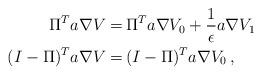
LaTeX: \begin{align*} \Pi^Ta\nabla V =&\, \Pi^Ta\nabla V_0 + \frac{1}{\epsilon} a\nabla V_1\, \\ (I-\Pi)^Ta\nabla V =&\, (I-\Pi)^Ta\nabla V_0 \,, \end{align*}